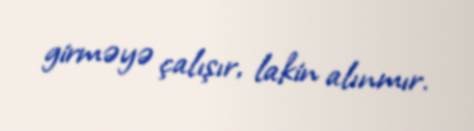
girməyə çalışır, lakin alınmır.